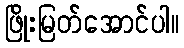
ဖြိုးမြတ်အောင်ပါ။